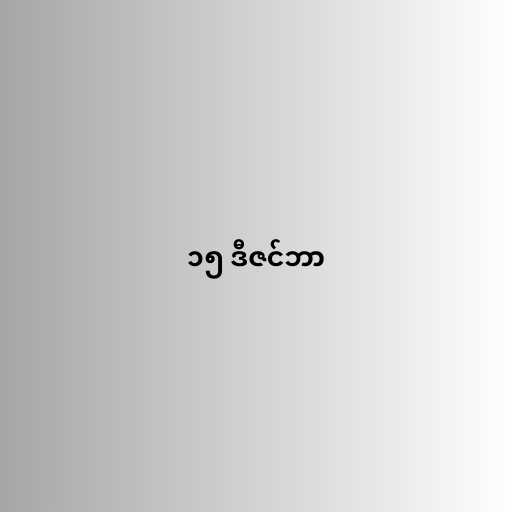
၁၅ ဒီဇင်ဘာ